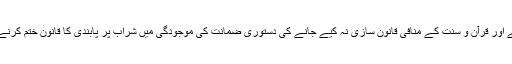
شراب اسلام میں حرام ہے اور قرآن و سنت کے منافی قانون سازی نہ کیے جانے کی دستوری ضمانت کی موجودگی میں شراب پر پابندی کا قانون ختم کرنے کا کوئی جواز نہیں ہے۔